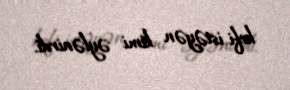
kefi istəyən kimi əylənirdi.